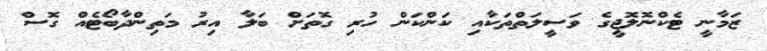
ޒަމާނީ ޓެކްނޮލޮޖީގެ ވަސީލަތްތަކާއި ކަންކަން ހުރި ގޮތަށް ބަލާ އިރު މަތިންދާބޯޓެއް ގޮސް